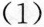
(1)